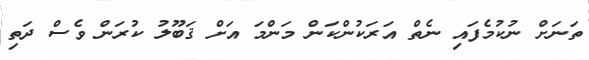
ތަނަށް ނުކުމެފައި ނެތް އަރަކުންކަން މަންމަ އަށް ޤަބޫލު ކުރަން ވެސް ދަތި